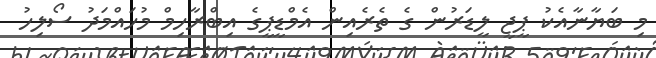
މި ބަޔާނާއެކު ޕީޖީ ލީޑަރުން ގެ ތެރެއިން އެމްޑީޕީގެ އިބްރާހިމް މުހައްމަދު ސޯލިހު